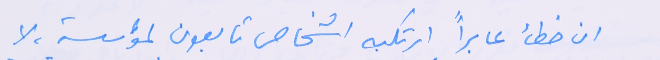
ان خطأ عابراً ارتكبه اشخاص تابعون لمؤسسة، لا